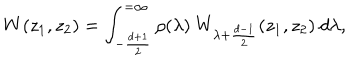
LaTeX: W ( z _ { 1 } , z _ { 2 } ) = \int _ { - { \frac { d + 1 } { 2 } } } ^ { = \infty } \rho ( \lambda ) \ W _ { \lambda + \frac { d - 1 } { 2 } } ( z _ { 1 } , z _ { 2 } ) \ d \lambda ,